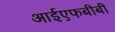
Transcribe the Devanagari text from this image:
आईएफबीबी